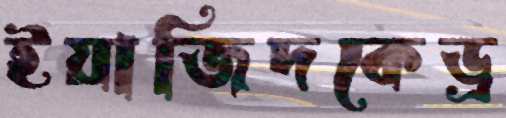
ইয়াজিদকেড্র